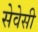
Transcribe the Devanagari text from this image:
सेवेसी